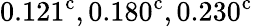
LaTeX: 0.121^{\mathrm{c}},0.180^{\mathrm{c}},0.230^{\mathrm{c}}